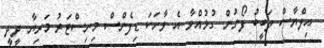
އިލްޔާސް ލަބީބު ފޯނުން ގުޅުއްވާ އެ ވާހަކަ ޑިފެންސް މިނިސްޓަރު މަރިޔާ ދީދީ